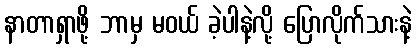
နာတာရှာဖို့ ဘာမှ မဝယ် ခဲ့ပါနဲ့လို့ ပြောလိုက်သားနဲ့